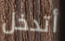
أتدخل